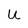
Character: U